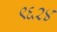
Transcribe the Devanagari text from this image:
९६२४